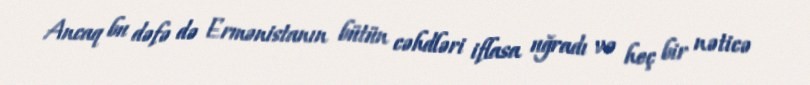
Ancaq bu dəfə də Ermənistanın bütün cəhdləri iflasa uğradı və heç bir nəticə